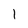
Character: I